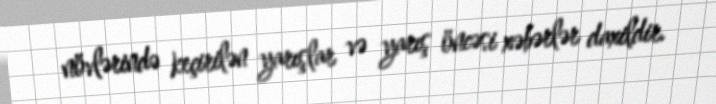
növlərində keçirilən yarışlar və yarış öncəsi xəbərlər daxildir.